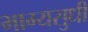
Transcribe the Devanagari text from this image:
भाग्यसुधी